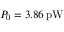
P _ { 0 } = 3 . 8 6 \, \mathrm { p W }